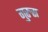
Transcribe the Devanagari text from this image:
गुरुस